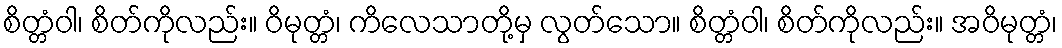
စိတ္တံဝါ၊ စိတ်ကိုလည်း။ ဝိမုတ္တံ၊ ကိလေသာတို့မှ လွတ်သော။ စိတ္တံဝါ၊ စိတ်ကိုလည်း။ အဝိမုတ္တံ၊